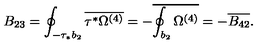
B _ { 2 3 } = \oint _ { - \tau _ { * } b _ { 2 } } \overline { { \tau ^ { * } \Omega ^ { ( 4 ) } } } = - \overline { { \oint _ { b _ { 2 } } \Omega ^ { ( 4 ) } } } = - \overline { { B _ { 4 2 } } } .